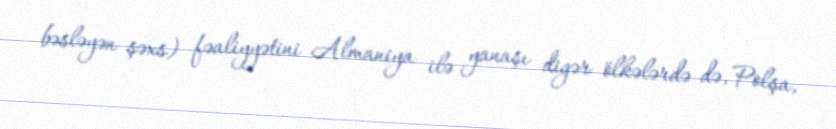
bəsləyən şəxs) fəaliyyətini Almaniya ilə yanaşı digər ölkələrdə də, Polşa,